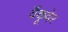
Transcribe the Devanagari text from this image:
वैंकूवेर